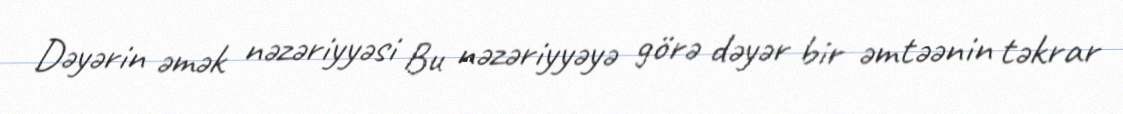
Dəyərin əmək nəzəriyyəsi Bu nəzəriyyəyə görə dəyər bir əmtəənin təkrar